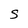
Character: S